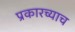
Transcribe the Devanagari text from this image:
प्रकारच्याच